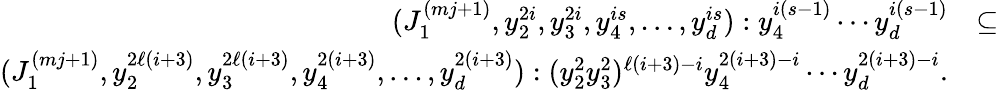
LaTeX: \begin{array}{rl}{(J_{1}^{(mj+1)},y_{2}^{2i},y_{3}^{2i},y_{4}^{is},\ldots,y_{d}^{is}):y_{4}^{i(s-1)}\cdots y_{d}^{i(s-1)}}&{\subseteq}\\ {(J_{1}^{(mj+1)},y_{2}^{2\ell(i+3)},y_{3}^{2\ell(i+3)},y_{4}^{2(i+3)},\ldots,y_{d}^{2(i+3)}):(y_{2}^{2}y_{3}^{2})^{\ell(i+3)-i}y_{4}^{2(i+3)-i}\cdots y_{d}^{2(i+3)-i}.}\end{array}